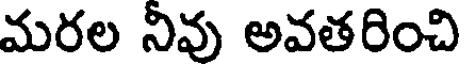
మరల నివు అవతరించి